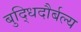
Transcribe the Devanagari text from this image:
बुद्धिदौर्बल्य